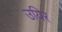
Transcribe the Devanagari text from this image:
उयिर